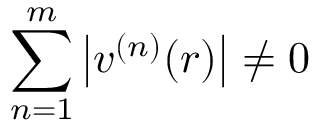
\sum _ { n = 1 } ^ { m } \left\lvert v ^ { ( n ) } ( r ) \right\rvert \ne 0